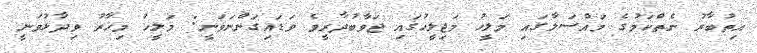
އިތުބާރު ނެތްކަމުގެ މައްސަލާގައި މަލީހު މަޖިލީހުގައި ޖަވާބުދާރީވެ ވަޑައިގަންނަވަނީ: މަލީހު މިހާރު ވިދާޅުވަނީ